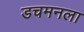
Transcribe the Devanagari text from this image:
डचमनला